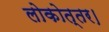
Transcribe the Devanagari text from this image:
लोकोत्तर।